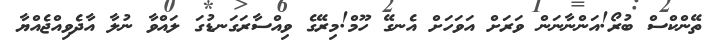
ތޭންކްސް ބުރޯ!އަންނާނަން ވަރަށް އަވަހަށް އެނގޭ ހޫމް!މިރޭގެ ވިއްސާރަގަނޑުގަ ލައްވާ ނުލާ އާދެވިއްޖެއްޔާ